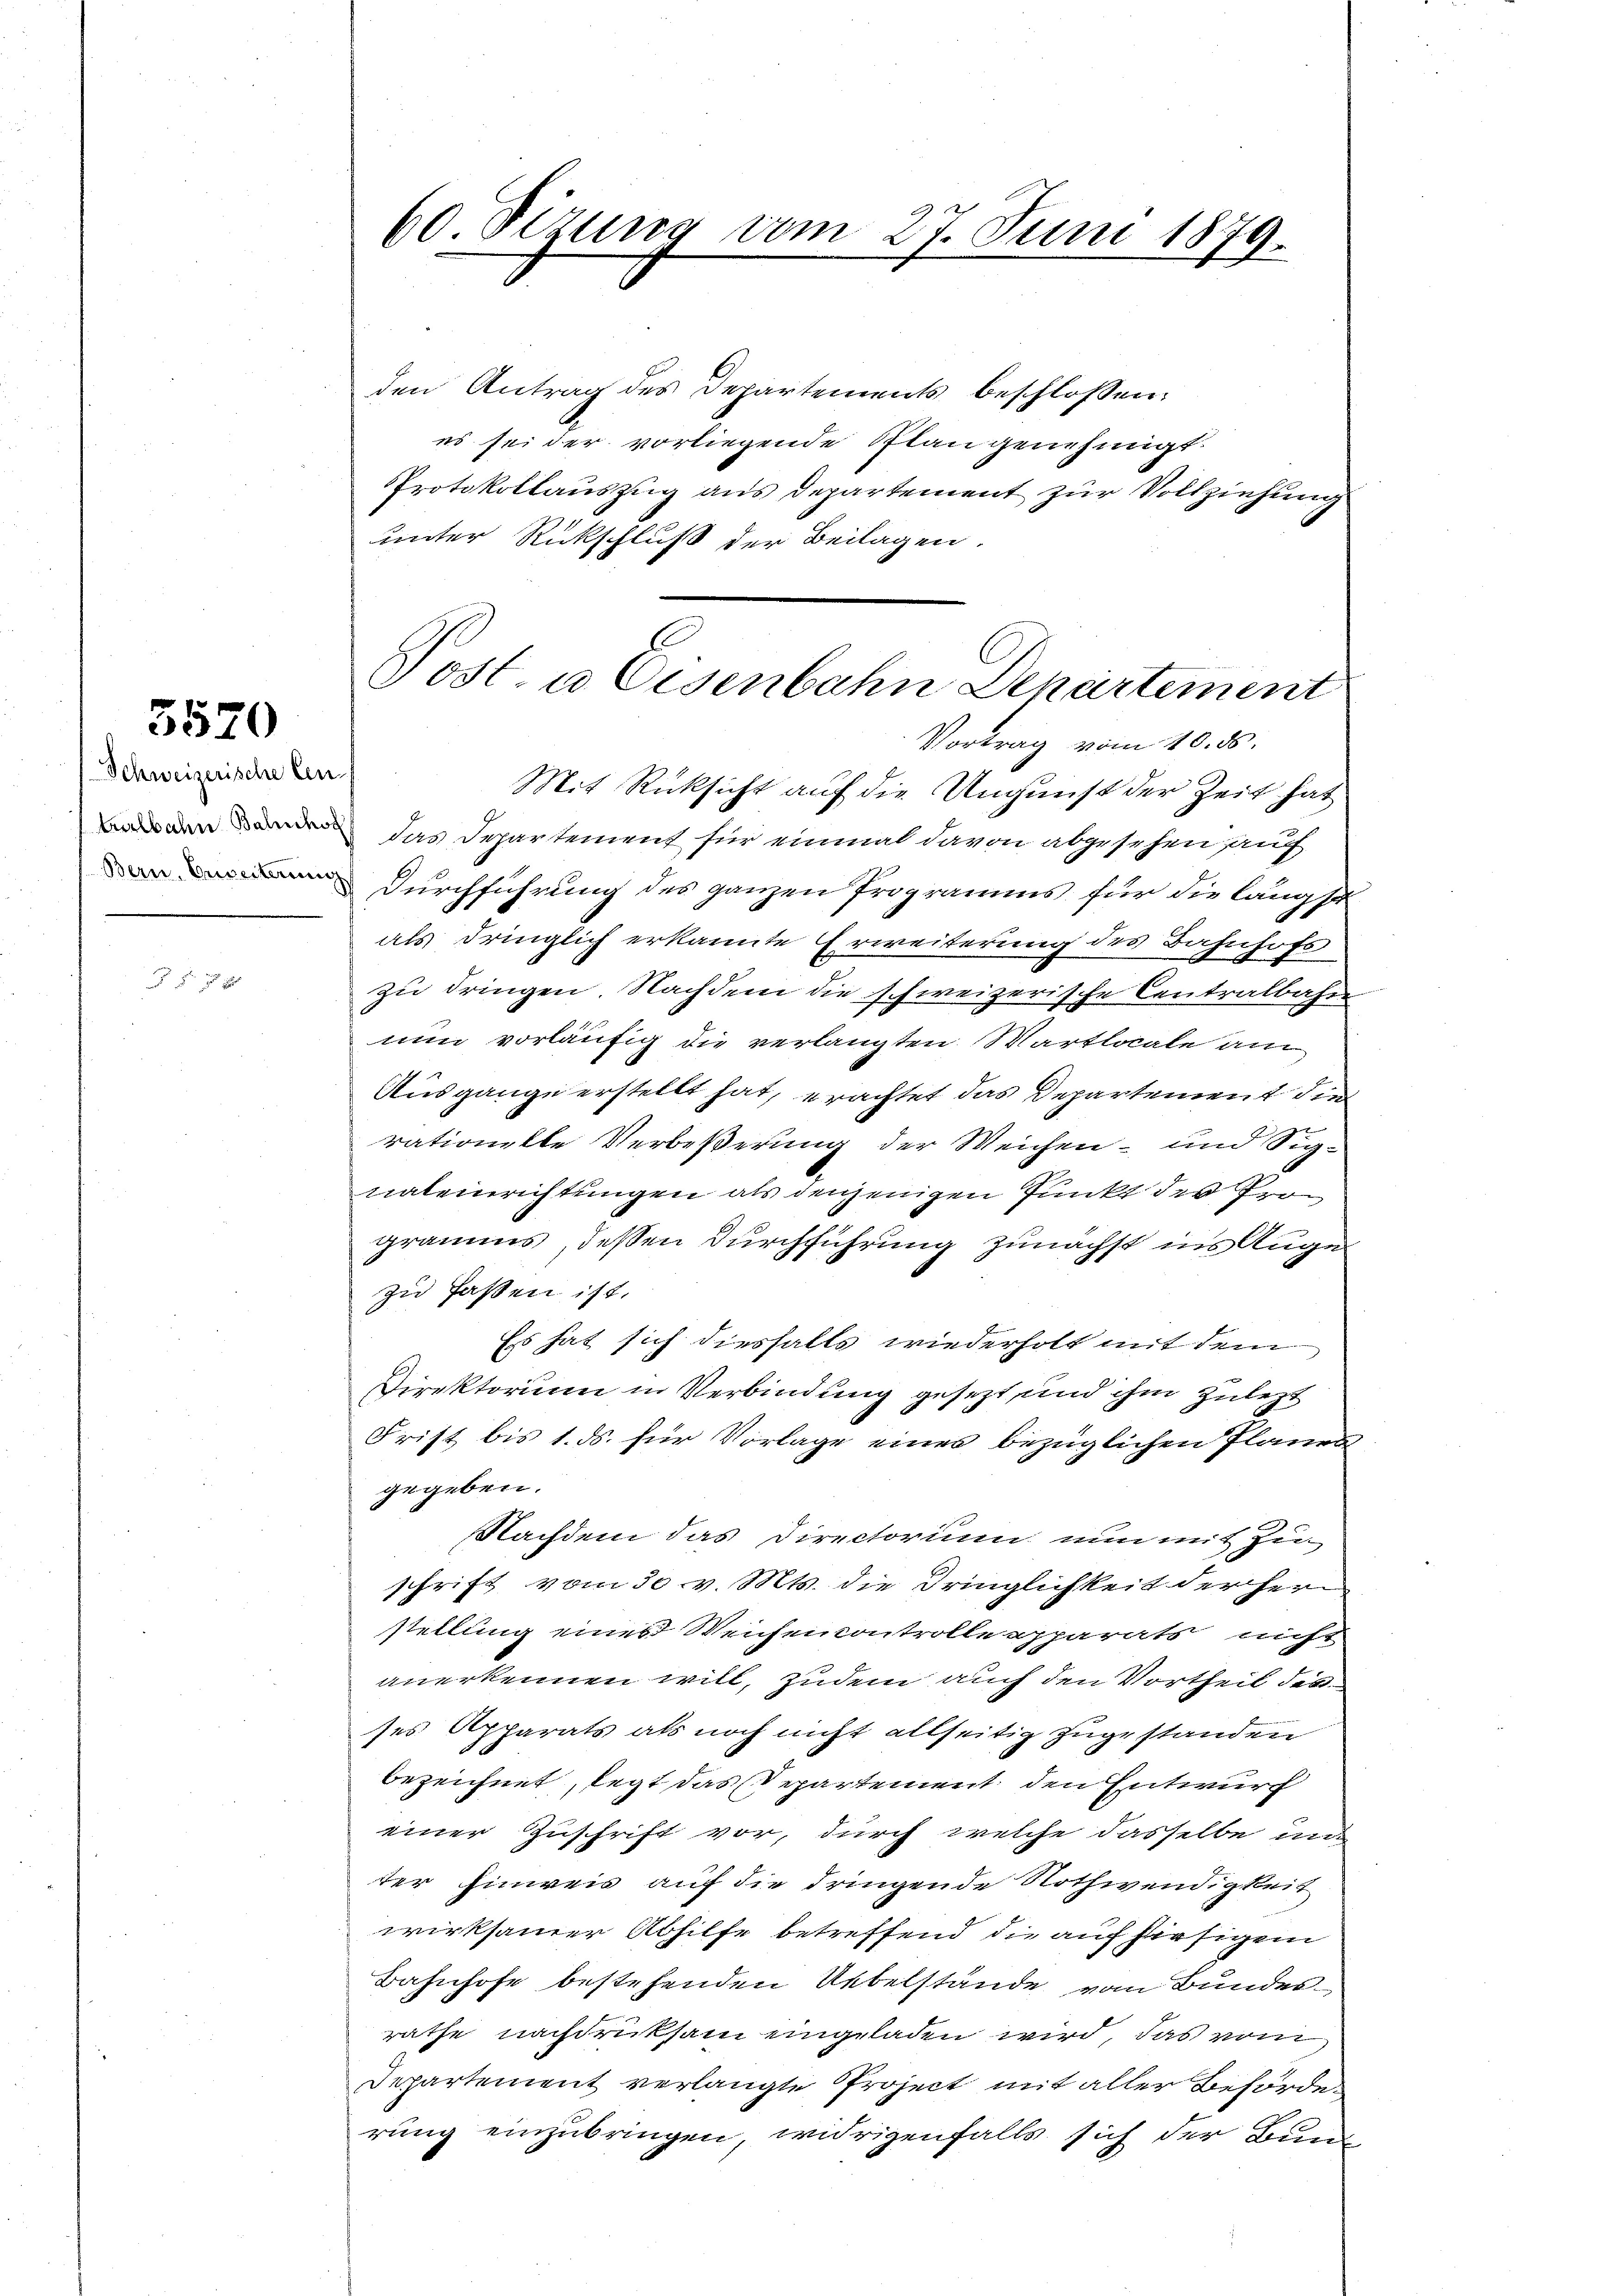
3520

Schweizerische Cen-
tralbahn Balucho
Bern, Beweiterung

60. Sizung vom 27. Juni 1879.

den Antrag des Departements beschlossen:
es sei der vorliegende Plangenehmigt.
Protokollauszug aus Departement zur Vollziehung
unter Rückschluß der Beilagen.
Mit Rücksicht auf die Ungunst der Zeit hat
das Departement für einmal davon abgesehen auf
Durchführung des ganzen Programms für die längst
als dringlich erkannte Erweiterung des Bahnhofs
zu dringen Nachdem die schweizerische Centralbahn
nun vorläufig die verlangten Wartlocale am
Ausgange erstellt hat, erachtet das Departement die
rationelle Verbeßerung der Weichen- und Sig-
naleinrichtungen als denjenigen Punkt der Programms, deßen Durchführung zunächst ins Auge
zu fassen ist.
Es hat sich dieshalts wiederholt mit dem
Direktorium in Verbindung gesezt und ihm zulezt
Frist bis 1. ds. für Vorlage eines bezüglichen Planen
gegeben.
Nachdem das Directorium nun mit Zuschrift vom 30. v. Mts. die Dringlichkeit der Hern
stellung eines Weichencontrolle apparats nicht
anerkennen will, zudem auch den Vortheil des
ses Apparats als noch nicht allseitig zugestanden
bezeichnet, legt das Departement den Entwurf
einer Zuschrift vor, durch welche dasselbe und
ter Einweis auf die dringende Nothwendigkeit
wirksamer Abhilfe betreffend die auf hiesigem
Bahnhofe bestehenden Uebelstände von Bundesräthe nachdrucksam eingeladen wird, das vom
Departement verlangte Project mit aller Behörderung einzubringen, widrigenfalls sich der Bund

Post. a Eisenbahn Departement
Vortrag vom 10. ds.